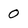
Character: 0